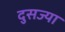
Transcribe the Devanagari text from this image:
दुसज्या